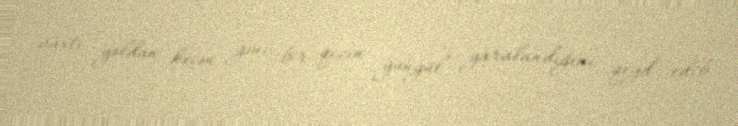
vaxtı yoldan keçən gənc bir qızın yüngül yaralandığını qeyd edib.